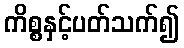
ကိစ္စနှင့်ပတ်သက်၍